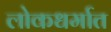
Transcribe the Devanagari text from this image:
लोकधर्मात